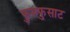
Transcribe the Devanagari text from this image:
फुसफुसाट